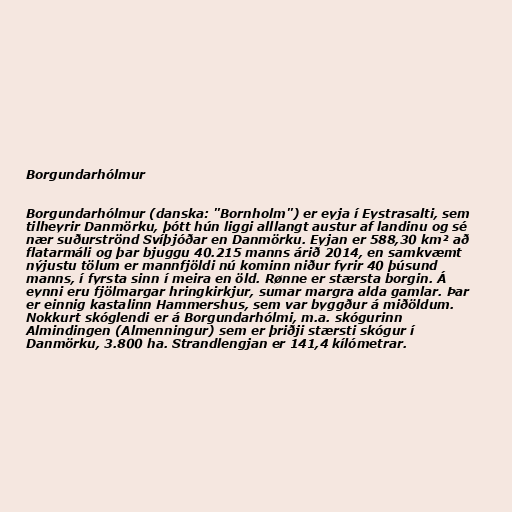
Borgundarhólmur

Borgundarhólmur (danska: "Bornholm") er eyja í Eystrasalti, sem
tilheyrir Danmörku, þótt hún liggi alllangt austur af landinu og sé
nær suðurströnd Svíþjóðar en Danmörku. Eyjan er 588,30 km² að
flatarmáli og þar bjuggu 40.215 manns árið 2014, en samkvæmt
nýjustu tölum er mannfjöldi nú kominn niður fyrir 40 þúsund
manns, í fyrsta sinn í meira en öld. Rønne er stærsta borgin. Á
eynni eru fjölmargar hringkirkjur, sumar margra alda gamlar. Þar
er einnig kastalinn Hammershus, sem var byggður á miðöldum.
Nokkurt skóglendi er á Borgundarhólmi, m.a. skógurinn
Almindingen (Almenningur) sem er þriðji stærsti skógur í
Danmörku, 3.800 ha. Strandlengjan er 141,4 kílómetrar.